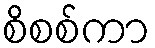
စိစစ်ကာ